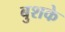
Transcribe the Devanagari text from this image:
बुशके